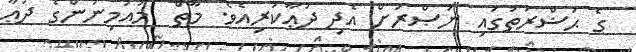
ގެ ޙަޟްރަތުގައި ނަޞްރަށް އެދި ދުޢާކުރިއެވެ. މާތް  މުއުމިނުންގެ ދުޢާ